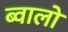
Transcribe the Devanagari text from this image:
ब्वालो